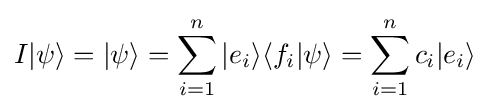
I|\psi \rangle =|\psi \rangle =\sum _{i=1}^{n}|e_{i}\rangle \langle f_{i}|\psi \rangle =\sum _{i=1}^{n}c_{i}|e_{i}\rangle